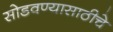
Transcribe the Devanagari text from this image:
सोडवण्यासाठीचे